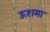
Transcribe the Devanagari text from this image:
ऊशमा